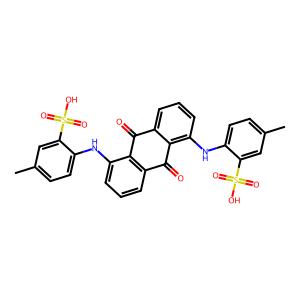
SMILES: Cc1ccc(Nc2cccc3c2C(=O)c2cccc(Nc4ccc(C)cc4S(=O)(=O)O)c2C3=O)c(S(=O)(=O)O)c1
Inhibits HIV replication: Yes